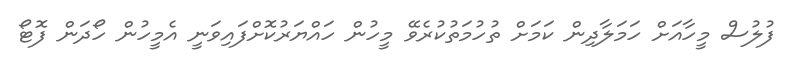
ފުލުސް މީހާއަށް ހަމަލާދިން ކަމަށް ތުހުމަތުކުރެވޭ މީހުން ހައްޔަރުކޮށްފައިވަނީ އެމީހުން ހޯދަން ފޮޓޯ